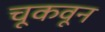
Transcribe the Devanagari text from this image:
चूकवून